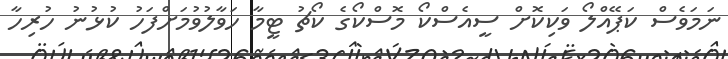
ނަމަވެސް ކަޕޭއްލޯ ވަކިކޮށް ސީއެސްކޯ މޮސްކޯގެ ކޯޗު ޓީމާ ހަވާލުވުމަށްފަހު ކުޅުނު ހުރިހާ